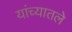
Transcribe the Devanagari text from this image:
यांच्यातले